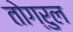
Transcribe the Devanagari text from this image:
तोग्रुल